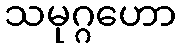
သမုဂ္ဂဟော